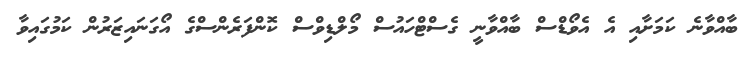
ބާއްވާނެ ކަމަށާއި އެ އެވޯޑްސް ބާއްވާނީ ގެސްޓްހައުސް މޯލްޑިވްސް ކޮންފަރެންސްގެ އޯގަނައިޒަރުން ކަމުގައިވާ